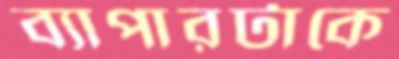
ব্যাপারটাকে